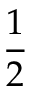
\frac 1 2